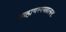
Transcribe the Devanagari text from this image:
ब्राह्मणस्यमहात्मनः